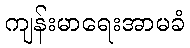
ကျန်းမာရေးအာမခံ